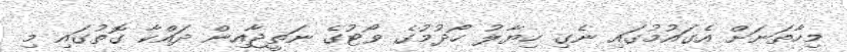
މިހާތަނަށް އެގައުމުގައި ނެގި ހިޔާލު ހޯދުމުގެ ވޯޓުގެ ނަތީޖާއިން ދައްކާ ގޮތުގައި މި